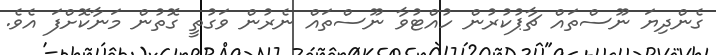
ގެންދިޔަ ނޫސްތައް ޗާޕުކުރުން ހުއްޓުވާ ނޫސްތައް ނެރުން ވަގުތީ ގޮތުން މަނާކޮށްފަ އެވެ.